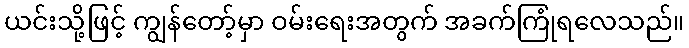
ယင်းသို့ဖြင့် ကျွန်တော့်မှာ ဝမ်းရေးအတွက် အခက်ကြုံရလေသည်။